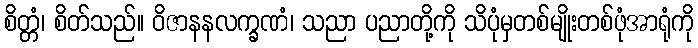
စိတ္တံ၊ စိတ်သည်။ ဝိဇာနနလက္ခဏံ၊ သညာ ပညာတို့ကို သိပုံမှတစ်မျိုးတစ်ဖုံအာရုံကို